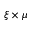
\xi \times \mu